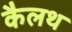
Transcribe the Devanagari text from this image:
कैलथ